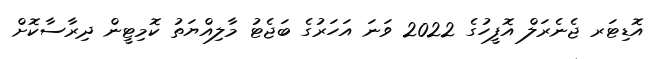
އޮޑިޓަރ ޖެނެރަލް އޮފީހުގެ 2022 ވަނަ އަހަރުގެ ބަޖެޓު މާލިއްޔަތު ކޮމިޓީން ދިރާސާކޮށް